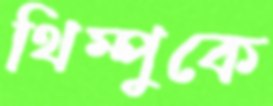
থিম্পুকে